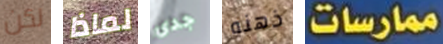
لكن لماذا جدى ذهنه ممارسات